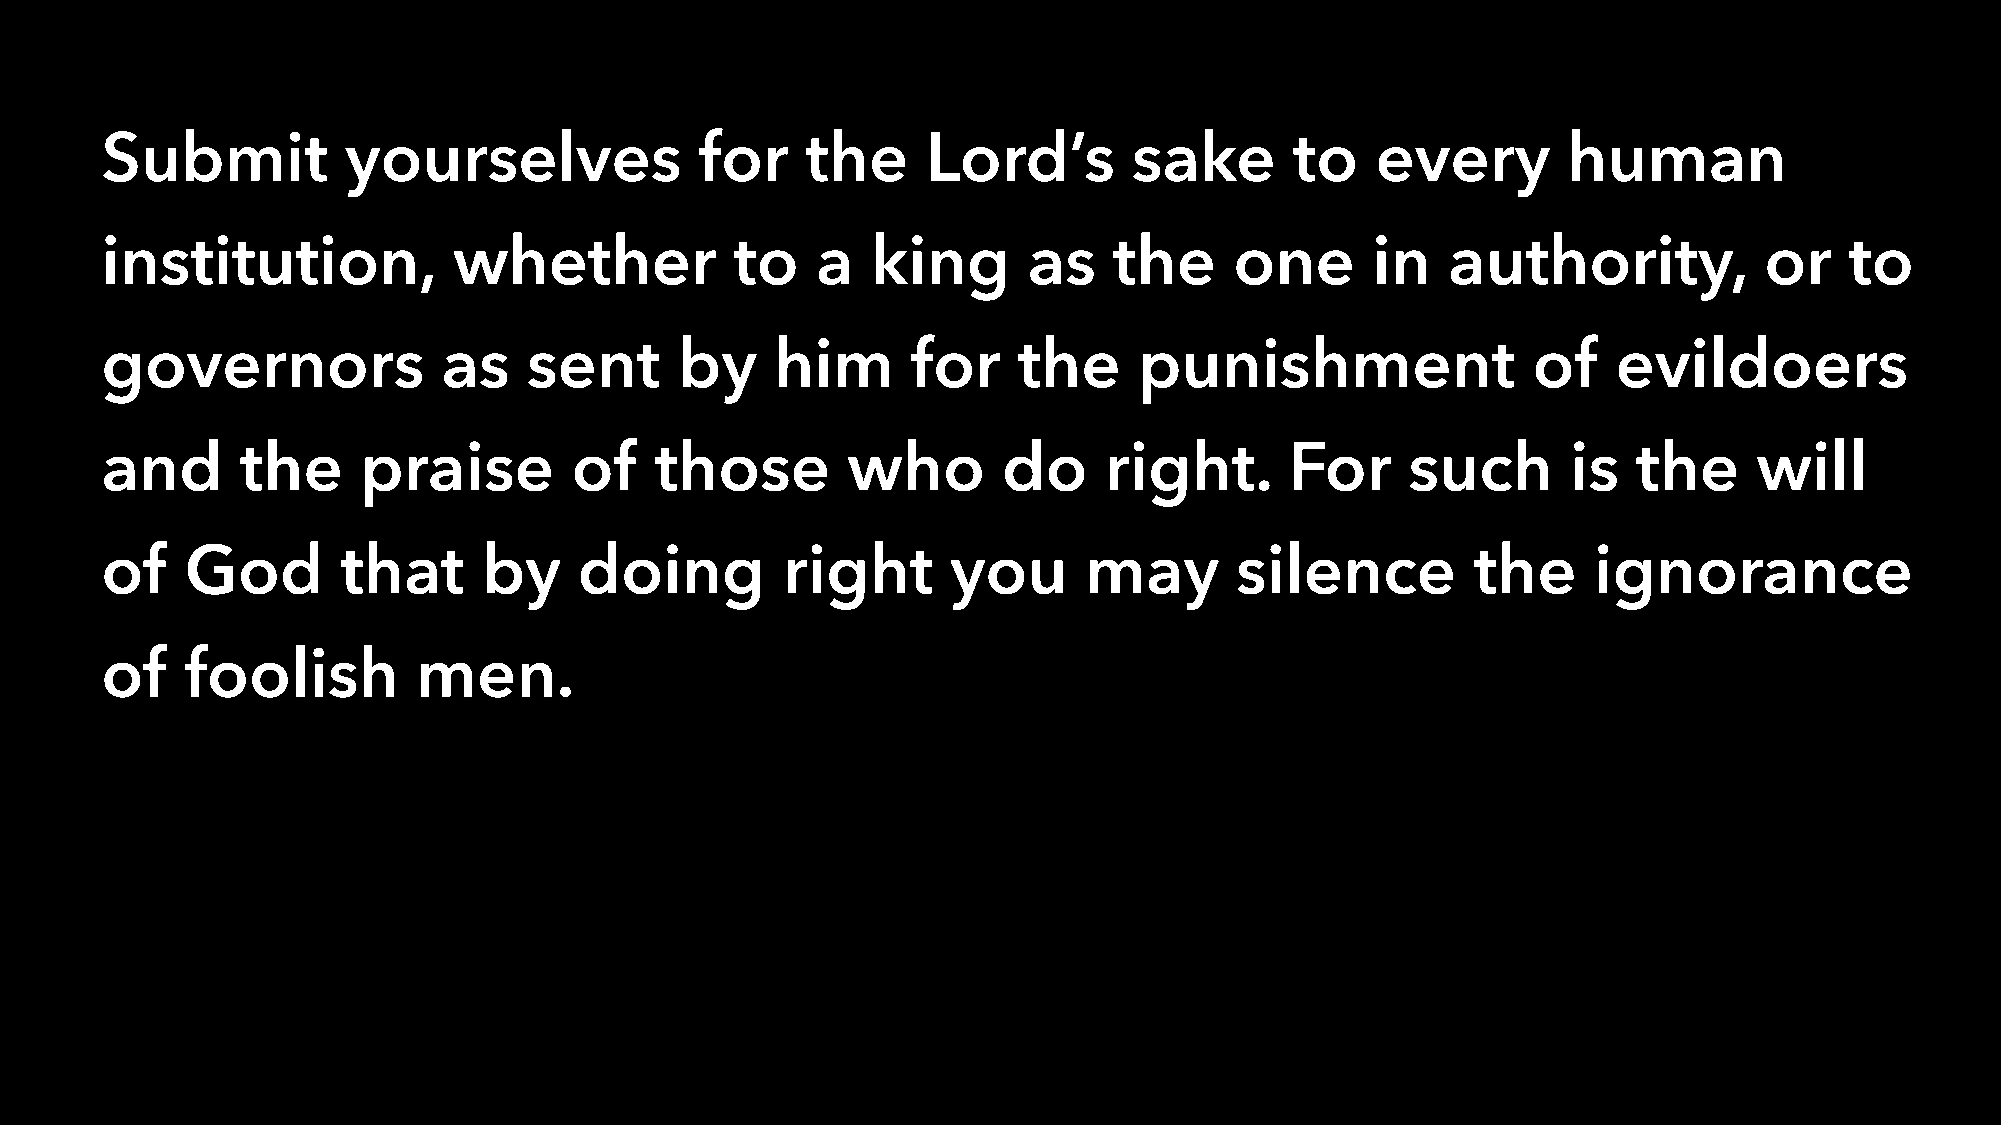
Submit          yourselves             for    the     Lord’s        sake       to   every        human
 institution,           whether            to   a   king      as    the     one      in   authority,           or   to
 governors             as    sent      by    him      for    the     punishment                of    evildoers
 and      the     praise        of   those        who       do     right.      For     such       is  the     will
 of   God        that     by    doing         right      you      may       silence         the    ignorance
 of   foolish         men.